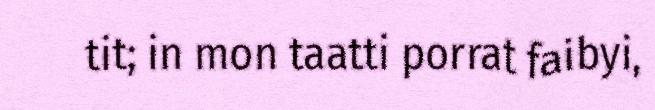
tit; in mon taatti porrat faibyi,